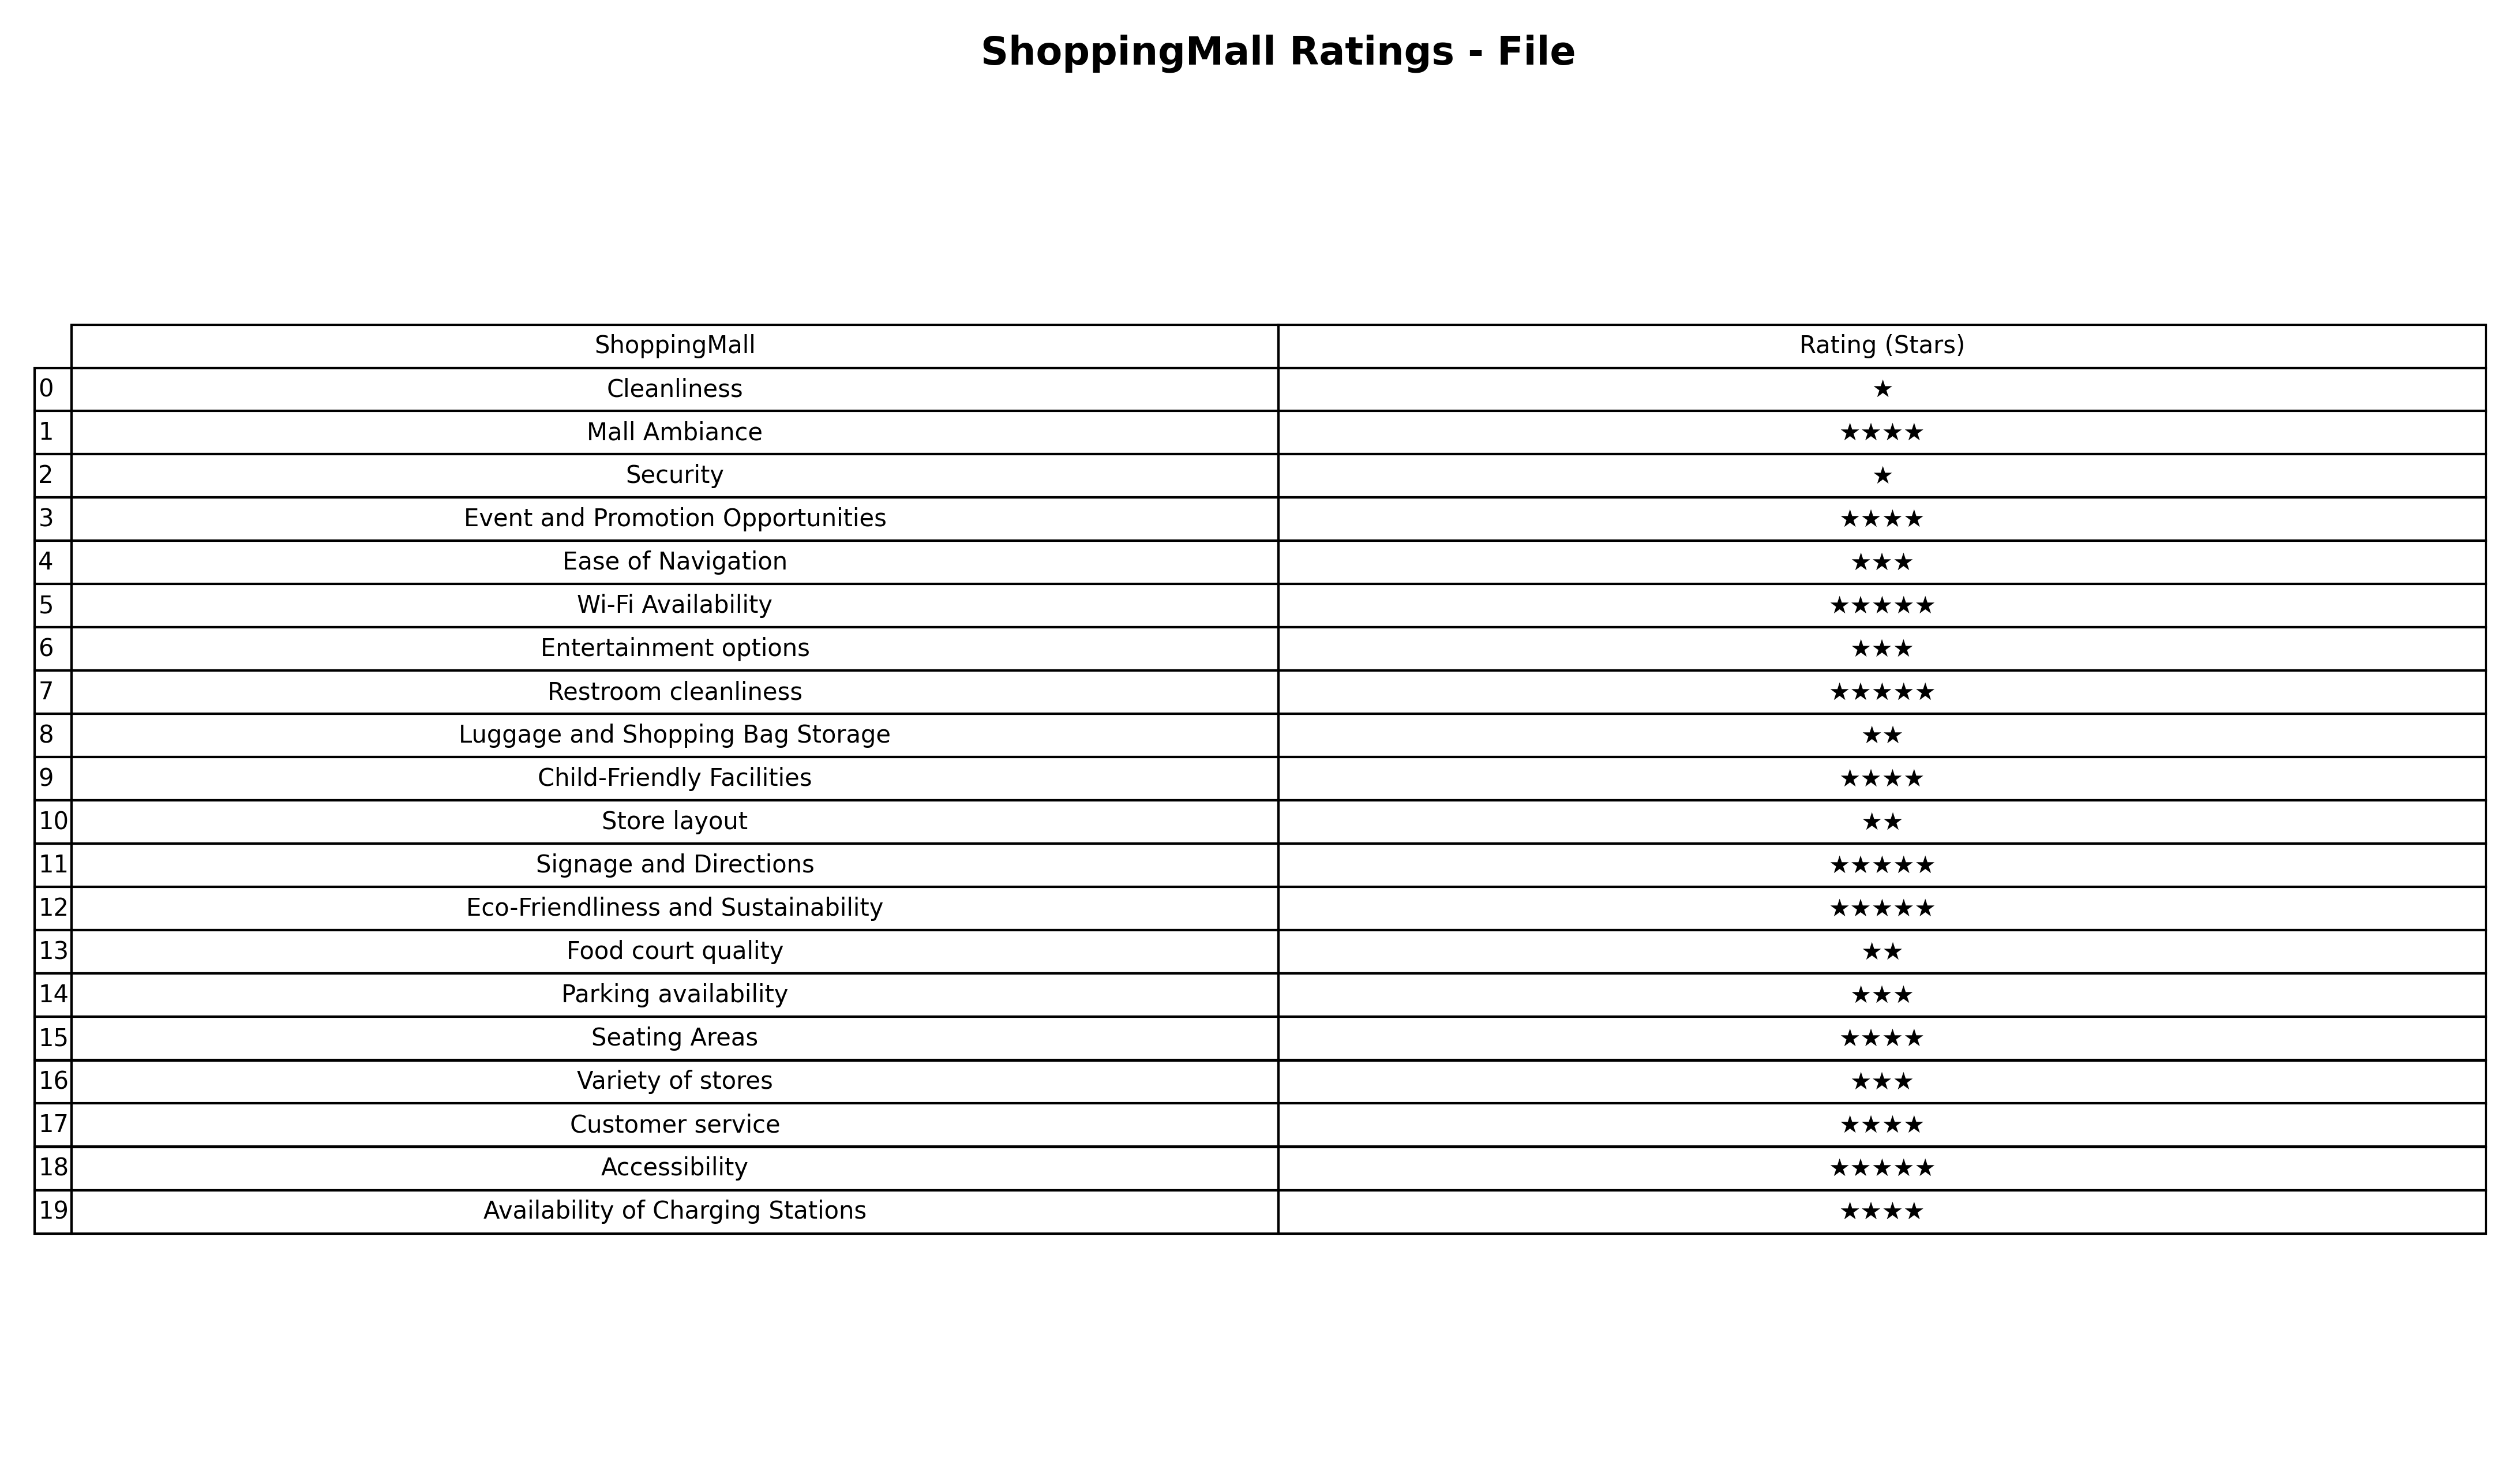
question: Which services are rated average?
answer: Ease of NavigationEntertainment optionsParking availabilityVariety of stores